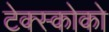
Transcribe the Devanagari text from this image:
टेक्स्कोको